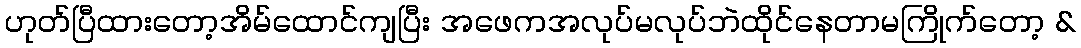
ဟုတ်ပြီထားတော့အိမ်ထောင်ကျပြီး အဖေကအလုပ်မလုပ်ဘဲထိုင်နေတာမကြိုက်တော့ &